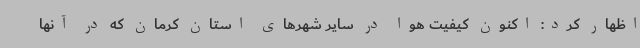
اظهار کرد: اکنون کیفیت هوا در سایر شهرهای استان کرمان که در آنها